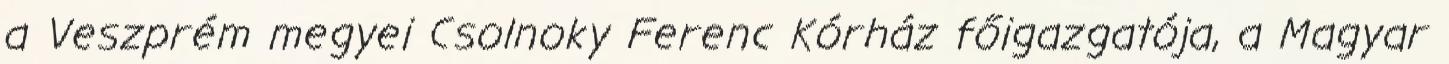
a Veszprém megyei Csolnoky Ferenc Kórház főigazgatója, a Magyar